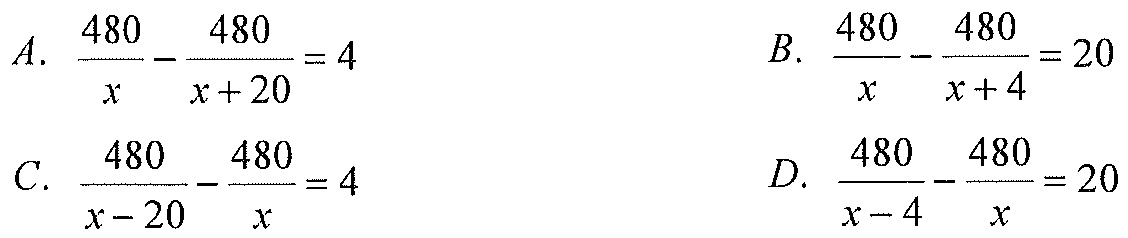
A. \(\frac{480}{x}-\frac{480}{x + 20}=4\)
B. \(\frac{480}{x}-\frac{480}{x + 4}=20\)
C. \(\frac{480}{x - 20}-\frac{480}{x}=4\)
D. \(\frac{480}{x - 4}-\frac{480}{x}=20\)